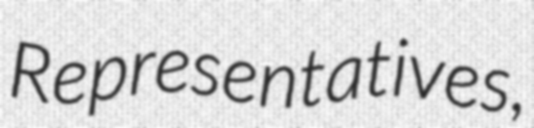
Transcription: Representatives,